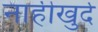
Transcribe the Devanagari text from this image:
नाहीखुर्द